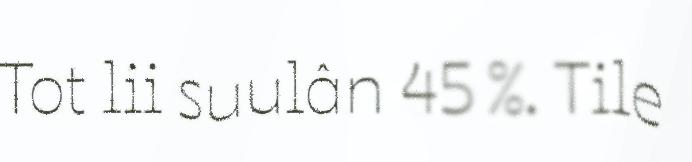
Tot lii suulân 45 %. Tile